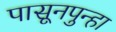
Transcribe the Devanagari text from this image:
पासूनपुन्हा